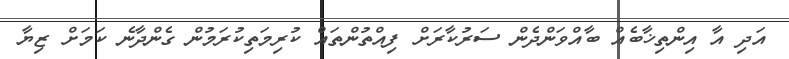
އަދި އާ އިންތިޚާބެއް ބާއްވަންދެން ސަރުކާރަށް ފިއްތުންތައް ކުރިމަތިކުރަމުން ގެންދާނެ ކަމަށް ޒިޔާ